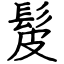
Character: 髲